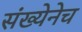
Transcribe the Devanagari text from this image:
संख्येनेच